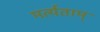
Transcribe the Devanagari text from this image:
मर्त्यताम्